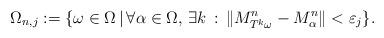
LaTeX: \begin{align*}\Omega_{n,j}:=\{\omega\in \Omega\,|\,\forall\alpha\in \Omega,\,\exists k\,:\,\Vert M^n_{T^k\omega}-M^n_\alpha\Vert<\varepsilon_j\}.\end{align*}